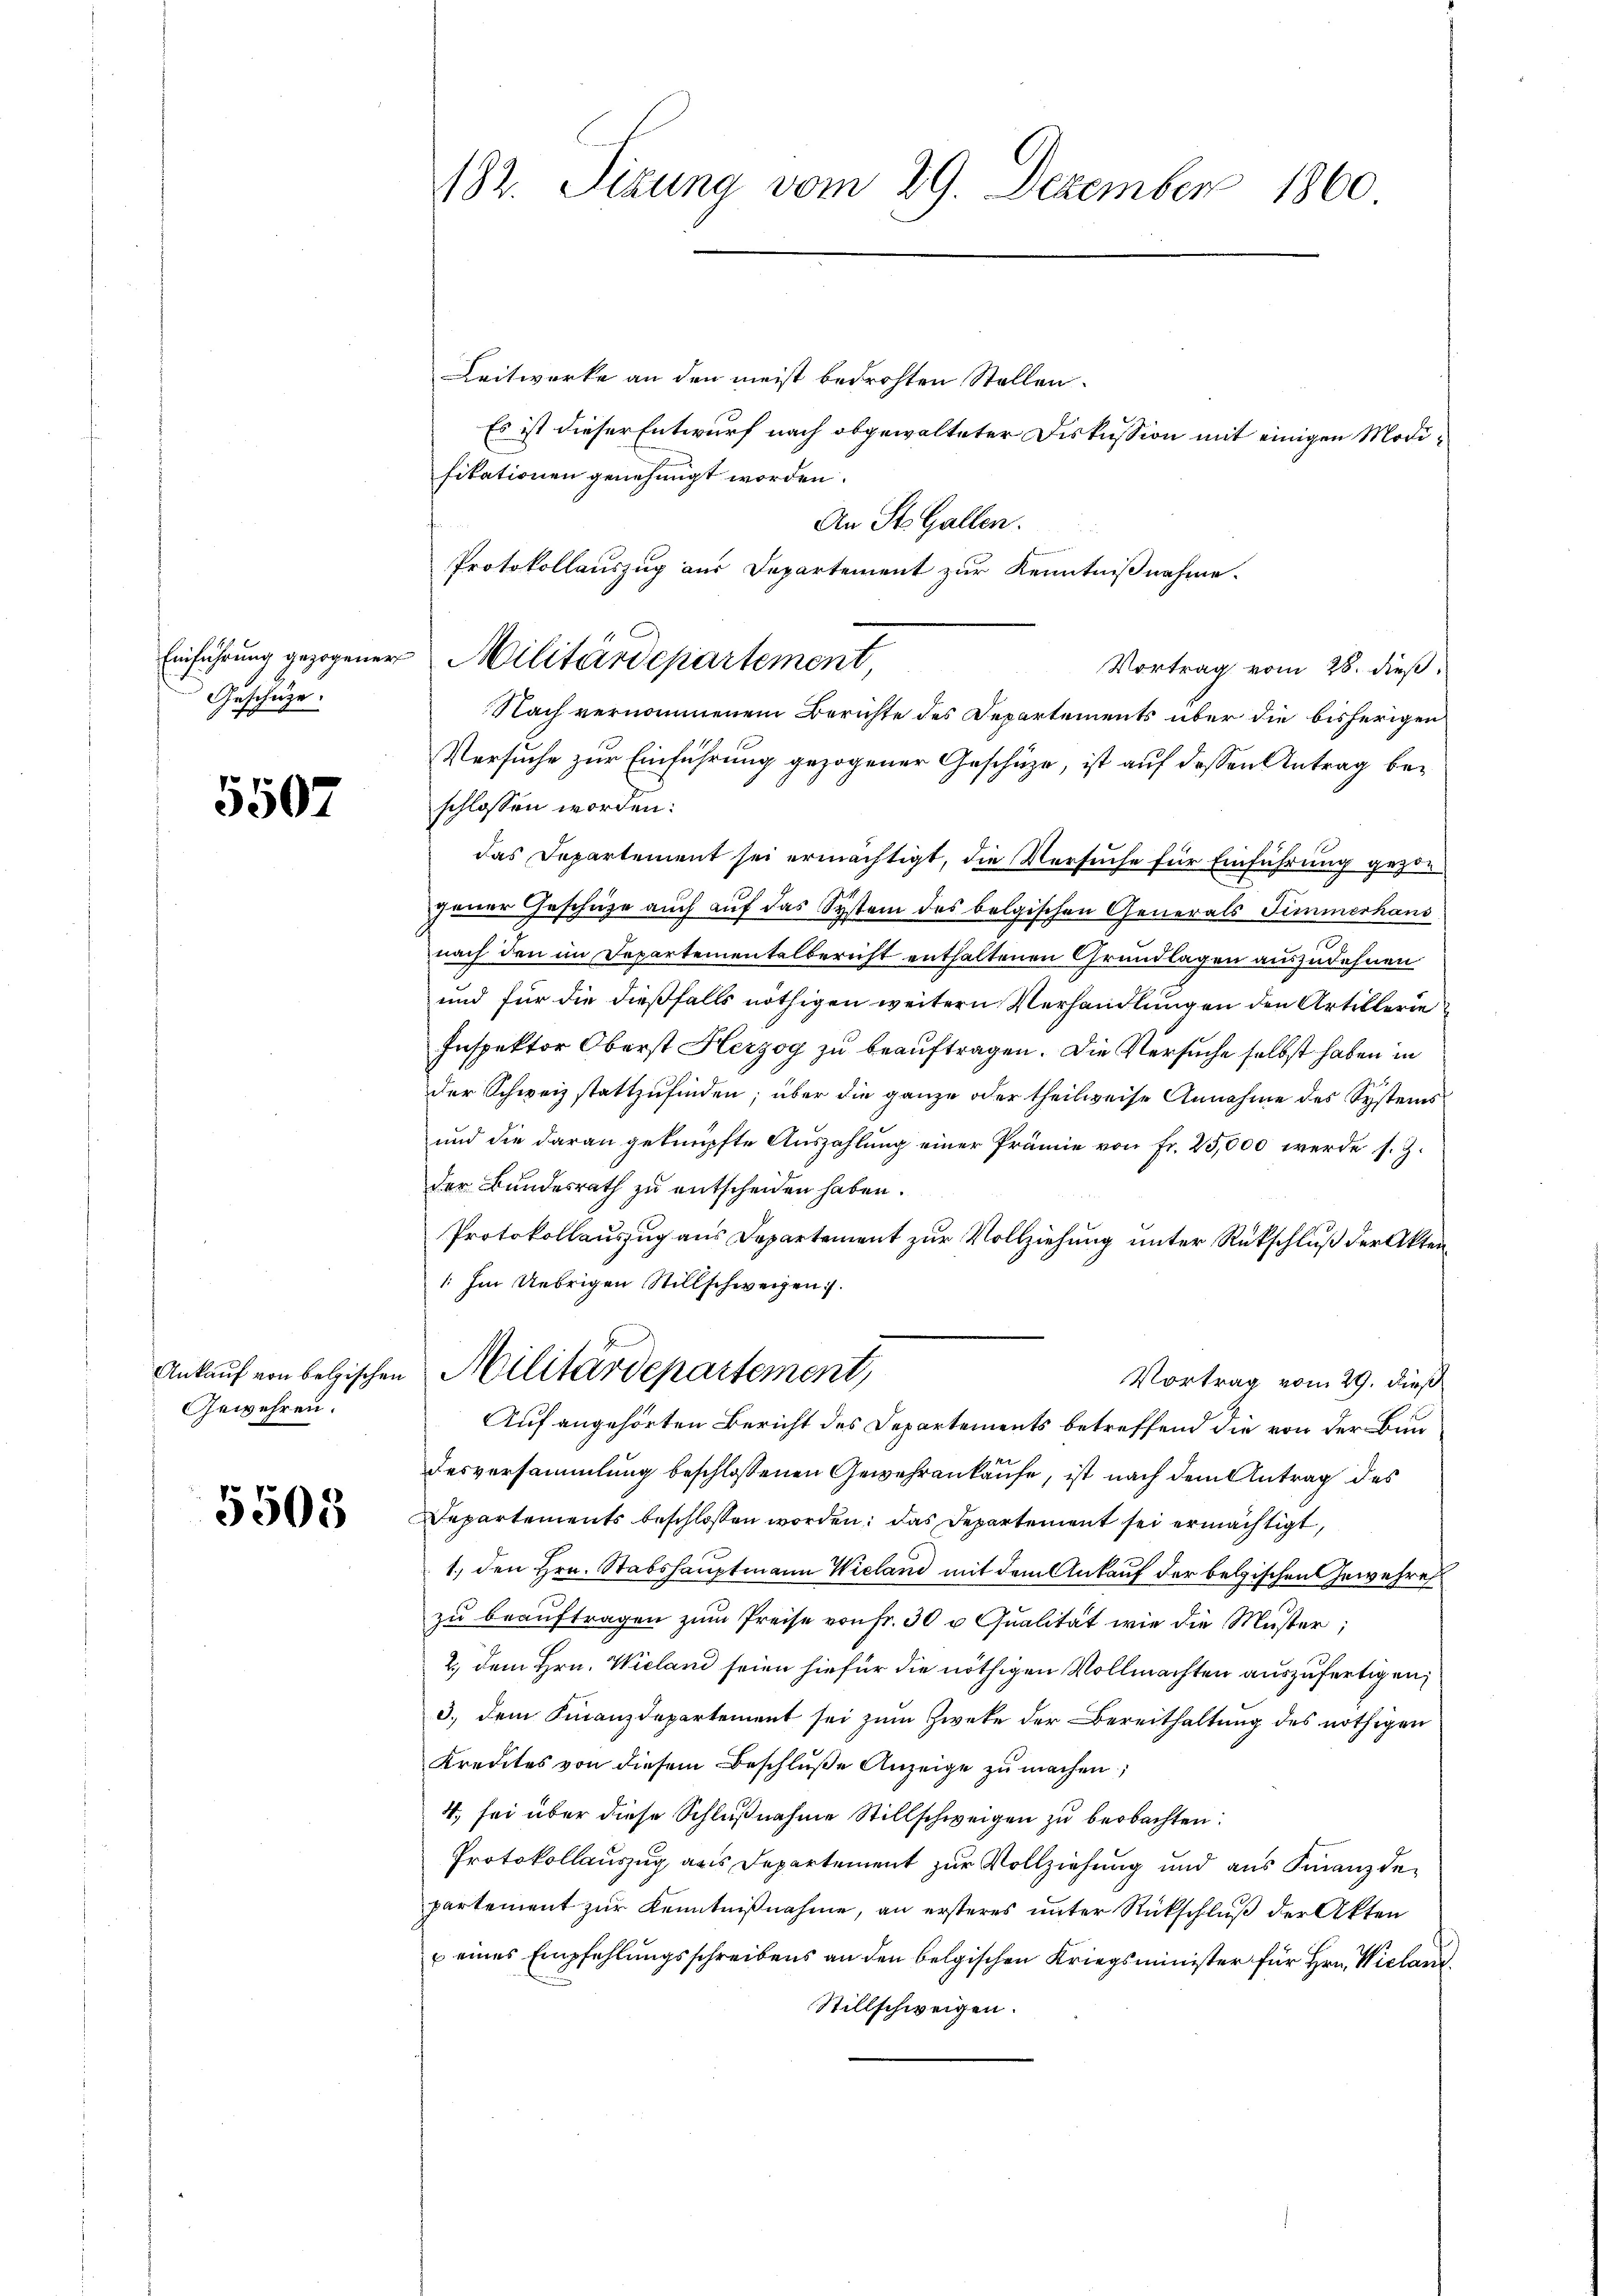
Einführung gezogener
Geschüze.

5507

Ankauf von belgischen
Gewehren.

5503

182. Seizung vom 29. Dezember 1860
Leitwerke an den meist bedrohten Stellen.
Es ist dieser Entwurf nach obgewalteter Diskussion mit einigen Modifikationen genehmigt worden.

An St. Gallen.
Protokollauszug aus Departement zur Kenntnißnahme.
Vortrag vom 28. dieß.
Nach vernommenem Berichte des Departements über die bisherigen
Versuche zur Einführung gezogener Geschüze, ist auf dessen Antrag beschlossen worden.
das Departement sei ermächtigt, die Versuche für Einführung gezojener Geschüze auch auf das System des bolgischen Generals Simmerhand
nach den im Departementalbericht enthaltenen Grundlagen auszudehnen
und für die dießfalls nöthigen weitern Verhandlungen den Artillerie
Inspektor Oberst Herzog zu beauftragen. Die Versuche selbst haben in
der Schweiz stattzufinden; über die ganze oder theilweise Annahme des Systems
und die daran geknüpfte Auszahlung einer Prämie von Fr. 25,000 werde s. Z.
der Bundesrath zu entscheiden haben.
Protokollauszug aus Departement zur Vollziehung unter Rückschluß der Akten
1. Im Uebrigen Stillschweizen.
Militärdepartement,
Vortrag vom 29. dieß
Auf angehörten Bericht des Departements betreffend die von der Bundesversammlung beschlossenen Gewehrankaufe, ist nach dem Antrag des
Departements beschlossen worden, das Departement sei ermächtigt,
1., den Hrn. Stabshauptmann Wieland mit dem Ankauf der belgischen Gewehre
zu beauftragen zum Preise von fr. 30 u Qualität wie die Muster;
2., dem Hrn. Wieland seien hiefür die nöthigen Vollmachten auszufertigen;
3., dem Finanzdepartement sei zum Zweke der Bereithaltung des nöthigen
Kredites von diesem Beschluße Anzeige zu machen;
4., sei über diese Schlußnahme Stillschweigen zu beobachten:
Protokollauszug aus Departement zur Vollziehung und aus Finanzdepartement zur Kenntnißnahme, an ersteres unter Rückschluß der Akten
 eines Empfehlungsschreibens an den belgischen Kriegsminister für Hrn. Wielan
Stillschweigen.

Militärdepartement